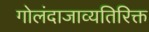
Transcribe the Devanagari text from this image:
गोलंदाजाव्यतिरिक्त